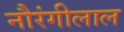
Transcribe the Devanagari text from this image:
नौरंगीलाल